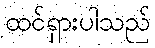
ထင်ရှားပါသည်